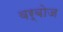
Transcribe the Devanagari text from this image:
वर्बोज